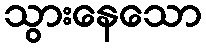
သွားနေသော